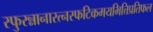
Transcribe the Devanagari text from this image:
स्फुरन्नानारत्नस्फटिकमयभित्तिप्रतिफल